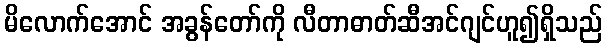
မိလောက်အောင် အခွန်တော်ကို လီတာဓာတ်ဆီအင်ဂျင်ဟူ၍ရှိသည်